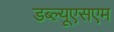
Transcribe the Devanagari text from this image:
डब्ल्यूएसएम